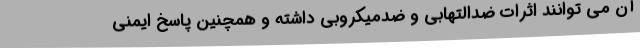
آن می توانند اثرات ضدالتهابی و ضدمیکروبی داشته و همچنین پاسخ ایمنی